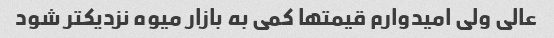
عالی ولی امیدوارم قیمتها کمی به بازار میوه نزدیکتر شود